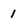
Character: 1